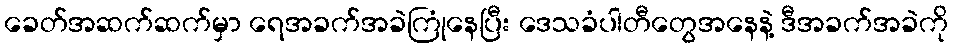
ခေတ်အဆက်ဆက်မှာ ရေအခက်အခဲကြုံနေပြီး ဒေသခံပါတီတွေအနေနဲ့ ဒီအခက်အခဲကို